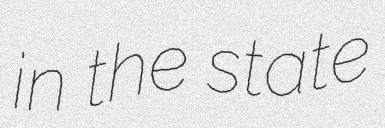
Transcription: in the state